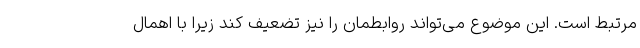
مرتبط است. این موضوع می‌تواند روابطمان را نیز تضعیف کند زیرا با اهمال